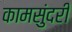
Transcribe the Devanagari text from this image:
कामसुंदरी